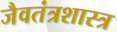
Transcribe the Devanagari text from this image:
जैवतंत्रशास्त्र